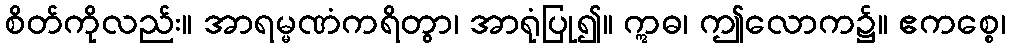
စိတ်ကိုလည်း။ အာရမ္မဏံကရိတွာ၊ အာရုံပြု၍။ ဣဓ၊ ဤလောက၌။ ဧကစ္စေ၊